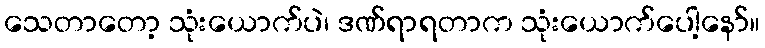
သေတာတော့ သုံးယောက်ပဲ၊ ဒဏ်ရာရတာက သုံးယောက်ပေါ့နော်။